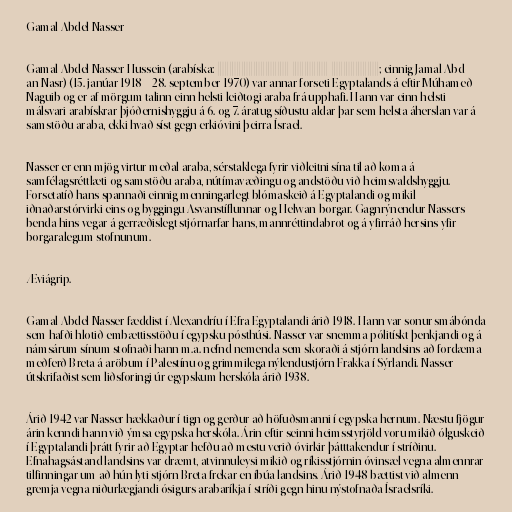
Gamal Abdel Nasser

Gamal Abdel Nasser Hussein (arabíska: جمال عبد الناصر; einnig Jamal Abd
an-Nasr)‎ (15. janúar 1918 – 28. september 1970) var annar forseti Egyptalands á eftir Múhameð
Naguib og er af mörgum talinn einn helsti leiðtogi araba frá upphafi. Hann var einn helsti
málsvari arabískrar þjóðernishyggju á 6. og 7. áratug síðustu aldar þar sem helsta áherslan var á
samstöðu araba, ekki hvað síst gegn erkióvini þeirra Ísrael.

Nasser er enn mjög virtur meðal araba, sérstaklega fyrir viðleitni sína til að koma á
samfélagsréttlæti og samstöðu araba, nútímavæðingu og andstöðu við heimsvaldshyggju.
Forsetatíð hans spannaði einnig menningarlegt blómaskeið á Egyptalandi og mikil
iðnaðarstórvirki eins og byggingu Asvanstíflunnar og Helwan-borgar. Gagnrýnendur Nassers
benda hins vegar á gerræðislegt stjórnarfar hans, mannréttindabrot og á yfirráð hersins yfir
borgaralegum stofnunum.

Æviágrip.

Gamal Abdel Nasser fæddist í Alexandríu í Efra Egyptalandi árið 1918. Hann var sonur smábónda
sem hafði hlotið embættisstöðu í egypsku pósthúsi. Nasser var snemma pólitískt þenkjandi og á
námsárum sínum stofnaði hann m.a. nefnd nemenda sem skoraði á stjórn landsins að fordæma
meðferð Breta á aröbum í Palestínu og grimmilega nýlendustjórn Frakka í Sýrlandi. Nasser
útskrifaðist sem liðsforingi úr egypskum herskóla árið 1938.

Árið 1942 var Nasser hækkaður í tign og gerður að höfuðsmanni í egypska hernum. Næstu fjögur
árin kenndi hann við ýmsa egypska herskóla. Árin eftir seinni heimsstyrjöld voru mikið ólguskeið
í Egyptalandi þrátt fyrir að Egyptar hefðu að mestu verið óvirkir þátttakendur í stríðinu.
Efnahagsástand landsins var dræmt, atvinnuleysi mikið og ríkisstjórnin óvinsæl vegna almennrar
tilfinningar um að hún lyti stjórn Breta frekar en íbúa landsins. Árið 1948 bættist við almenn
gremja vegna niðurlægjandi ósigurs arabaríkja í stríði gegn hinu nýstofnaða Ísraelsríki.